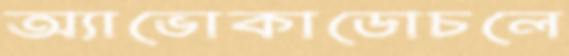
অ্যাভোকাডোচলে